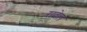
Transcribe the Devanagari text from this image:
रावेल